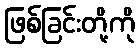
ဖြစ်ခြင်းတို့ကို